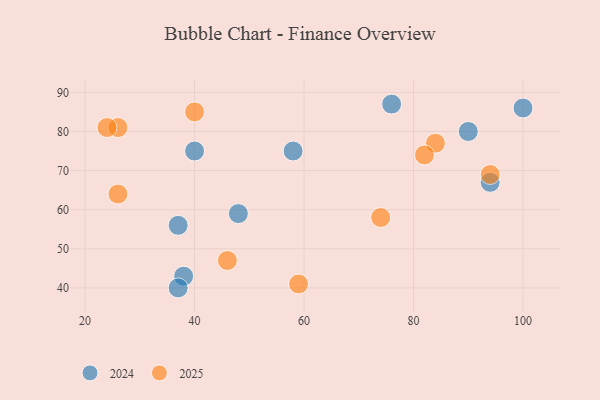
{"axis": {"x": "GDP", "y": "Life Expectancy"}, "legend": ["2024", "2025"], "data": [{"x": "59", "y": 41, "type": "2025"}, {"x": "26", "y": 81, "type": "2025"}, {"x": "26", "y": 64, "type": "2025"}, {"x": "40", "y": 85, "type": "2025"}, {"x": "24", "y": 81, "type": "2025"}, {"x": "94", "y": 69, "type": "2025"}, {"x": "84", "y": 77, "type": "2025"}, {"x": "74", "y": 58, "type": "2025"}, {"x": "82", "y": 74, "type": "2025"}, {"x": "46", "y": 47, "type": "2025"}, {"x": "58", "y": 75, "type": "2024"}, {"x": "40", "y": 75, "type": "2024"}, {"x": "38", "y": 43, "type": "2024"}, {"x": "48", "y": 59, "type": "2024"}, {"x": "90", "y": 80, "type": "2024"}, {"x": "37", "y": 40, "type": "2024"}, {"x": "37", "y": 56, "type": "2024"}, {"x": "76", "y": 87, "type": "2024"}, {"x": "100", "y": 86, "type": "2024"}, {"x": "94", "y": 67, "type": "2024"}]}